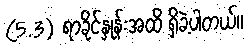
(5.3) ရာခိုင်နှုန်းအထိ ရှိခဲ့ပါတယ်။